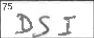
Transcription: DSI